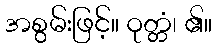
အစွမ်းဖြင့်။ ဝုတ္တံ၊ ၏။